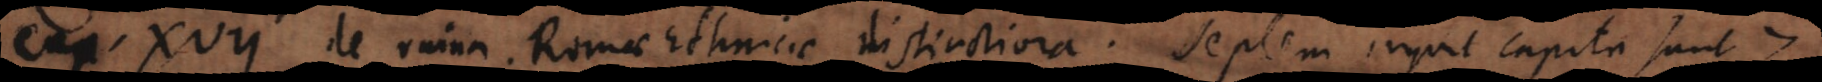
Cap. XVII de ruina Romae Ethnicae distinctiora. Septem inquit capita sunt